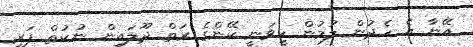
އޭނާ އެ ހެދުން ލުމުން ހީވަނީ ކޭންގެ ރަތް ދޫލައިން ނުކުތް ފަރި